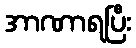
အာဏာရပြီး